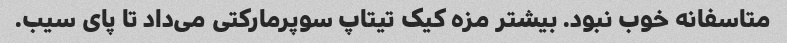
متاسفانه خوب نبود. بیشتر مزه کیک تیتاپ سوپر‌مارکتی می‌داد تا پای سیب.